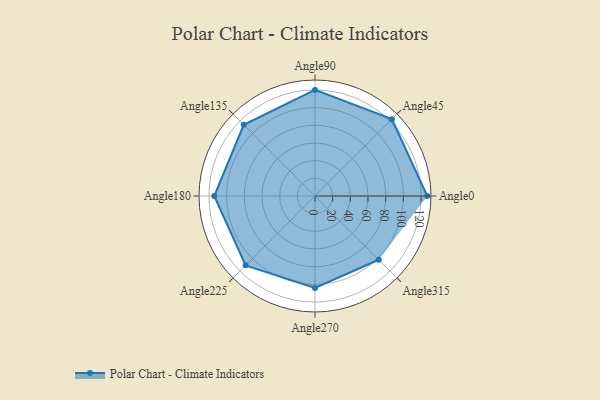
{"axis": {"x": "Angle", "y": "Radius"}, "legend": [""], "data": [{"x": "Angle0", "y": 127.0, "type": ""}, {"x": "Angle45", "y": 123.0, "type": ""}, {"x": "Angle90", "y": 120.0, "type": ""}, {"x": "Angle135", "y": 114.0, "type": ""}, {"x": "Angle180", "y": 114.0, "type": ""}, {"x": "Angle225", "y": 111.0, "type": ""}, {"x": "Angle270", "y": 104.0, "type": ""}, {"x": "Angle315", "y": 102.0, "type": ""}]}